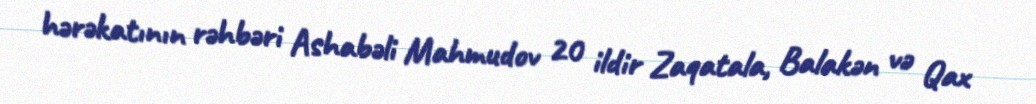
hərəkatının rəhbəri Ashabəli Mahmudov 20 ildir Zaqatala, Balakən və Qax